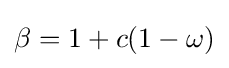
\beta =1+c(1-\omega )